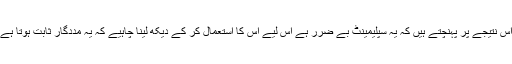
محققین اس نتیجے پر پہنچتے ہیں کہ یہ سپلیمینٹ بے ضرر ہے اس لیے اس کا استعمال کر کے دیکھ لینا چاہیے کہ یہ مددگار ثابت ہوتا ہے یا نہیں۔